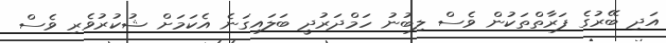
އަދި ބޭރުގެ ފަރާތްތަކުން ވެސް ލިބުނު ހަމްދަރުދީ ބަލައިގަނެ އެކަމަށް ޝުކުރުވެރި ވެސް